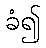
ခံ၍